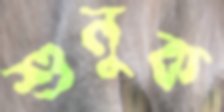
শুনুক